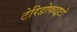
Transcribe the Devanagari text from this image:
टेरिडोफाइटों